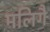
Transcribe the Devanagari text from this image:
मलिगै